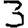
Digit: 3